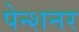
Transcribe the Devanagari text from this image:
पेन्शनर